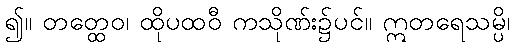
၍။ တတ္ထေဝ၊ ထိုပထဝီ ကသိုဏ်း၌ပင်။ ဣတရေသမ္ပိ၊